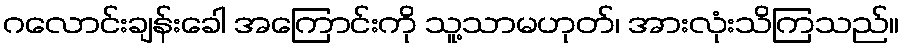
ဂလောင်းချန်းခေါ အကြောင်းကို သူ့သာမဟုတ်၊ အားလုံးသိကြသည်။